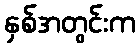
နှစ်အတွင်းက